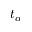
t _ { \alpha }